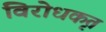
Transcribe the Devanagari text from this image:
विरोधकृत